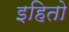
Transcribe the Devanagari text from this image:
इहितो